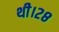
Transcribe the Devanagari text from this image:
थी।२८